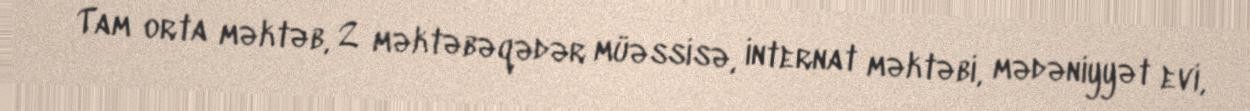
Tam orta məktəb, 2 məktəbəqədər müəssisə, internat məktəbi, mədəniyyət evi,